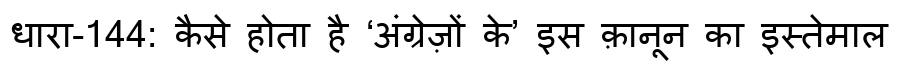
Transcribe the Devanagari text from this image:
धारा-144: कैसे होता है ‘अंग्रेज़ों के’ इस क़ानून का इस्तेमाल